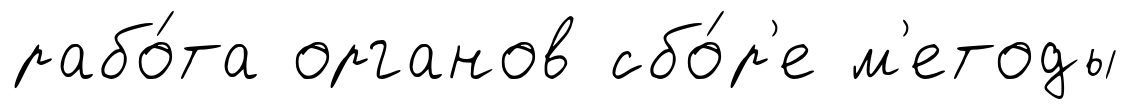
рабо́та органов сбо́р'е м'етоды